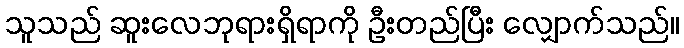
သူသည် ဆူးလေဘုရားရှိရာကို ဦးတည်ပြီး လျှောက်သည်။